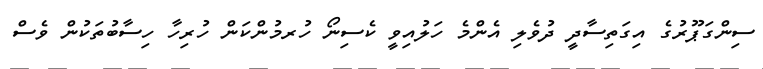
ސިންގަޕޫރުގެ އިގަތިސާދީ ދުވެލި އެންމެ ހަލުއިވީ ކެސިނޯ ހުރމުންކަން ހުރިހާ ހިސާބުތަކުން ވެސް